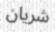
شريان